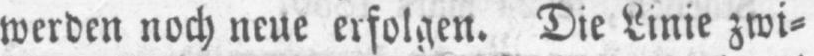
werden noch neue erfolgen. Die Linie zwi⸗